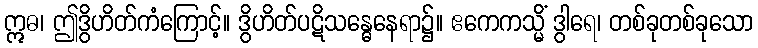
ဣဓ၊ ဤဒွိဟိတ်ကံကြောင့်။ ဒွိဟိတ်ပဋိသန္ဓေနေရာ၌။ ဧကေကသ္မိံ ဒွါရေ၊ တစ်ခုတစ်ခုသော